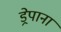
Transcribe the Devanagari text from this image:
ड्रेपाना